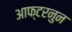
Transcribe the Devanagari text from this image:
आफ्टरनुन